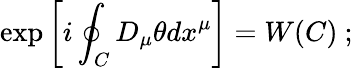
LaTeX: \exp\left[i\oint_{C}D_{\mu}\theta dx^{\mu}\right]=W(C)~;